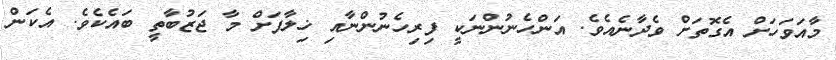
މާއަވަހަށް އެގޮތަށް ވެދާނެއެވެ. އަންހެނުންނަކީ ފިރިހެނުންނާއި ޚިލާފަށް މާ ޖަޒުބާތީ ބައެކެވެ. އެކަން